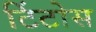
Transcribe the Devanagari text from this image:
टिंटोस